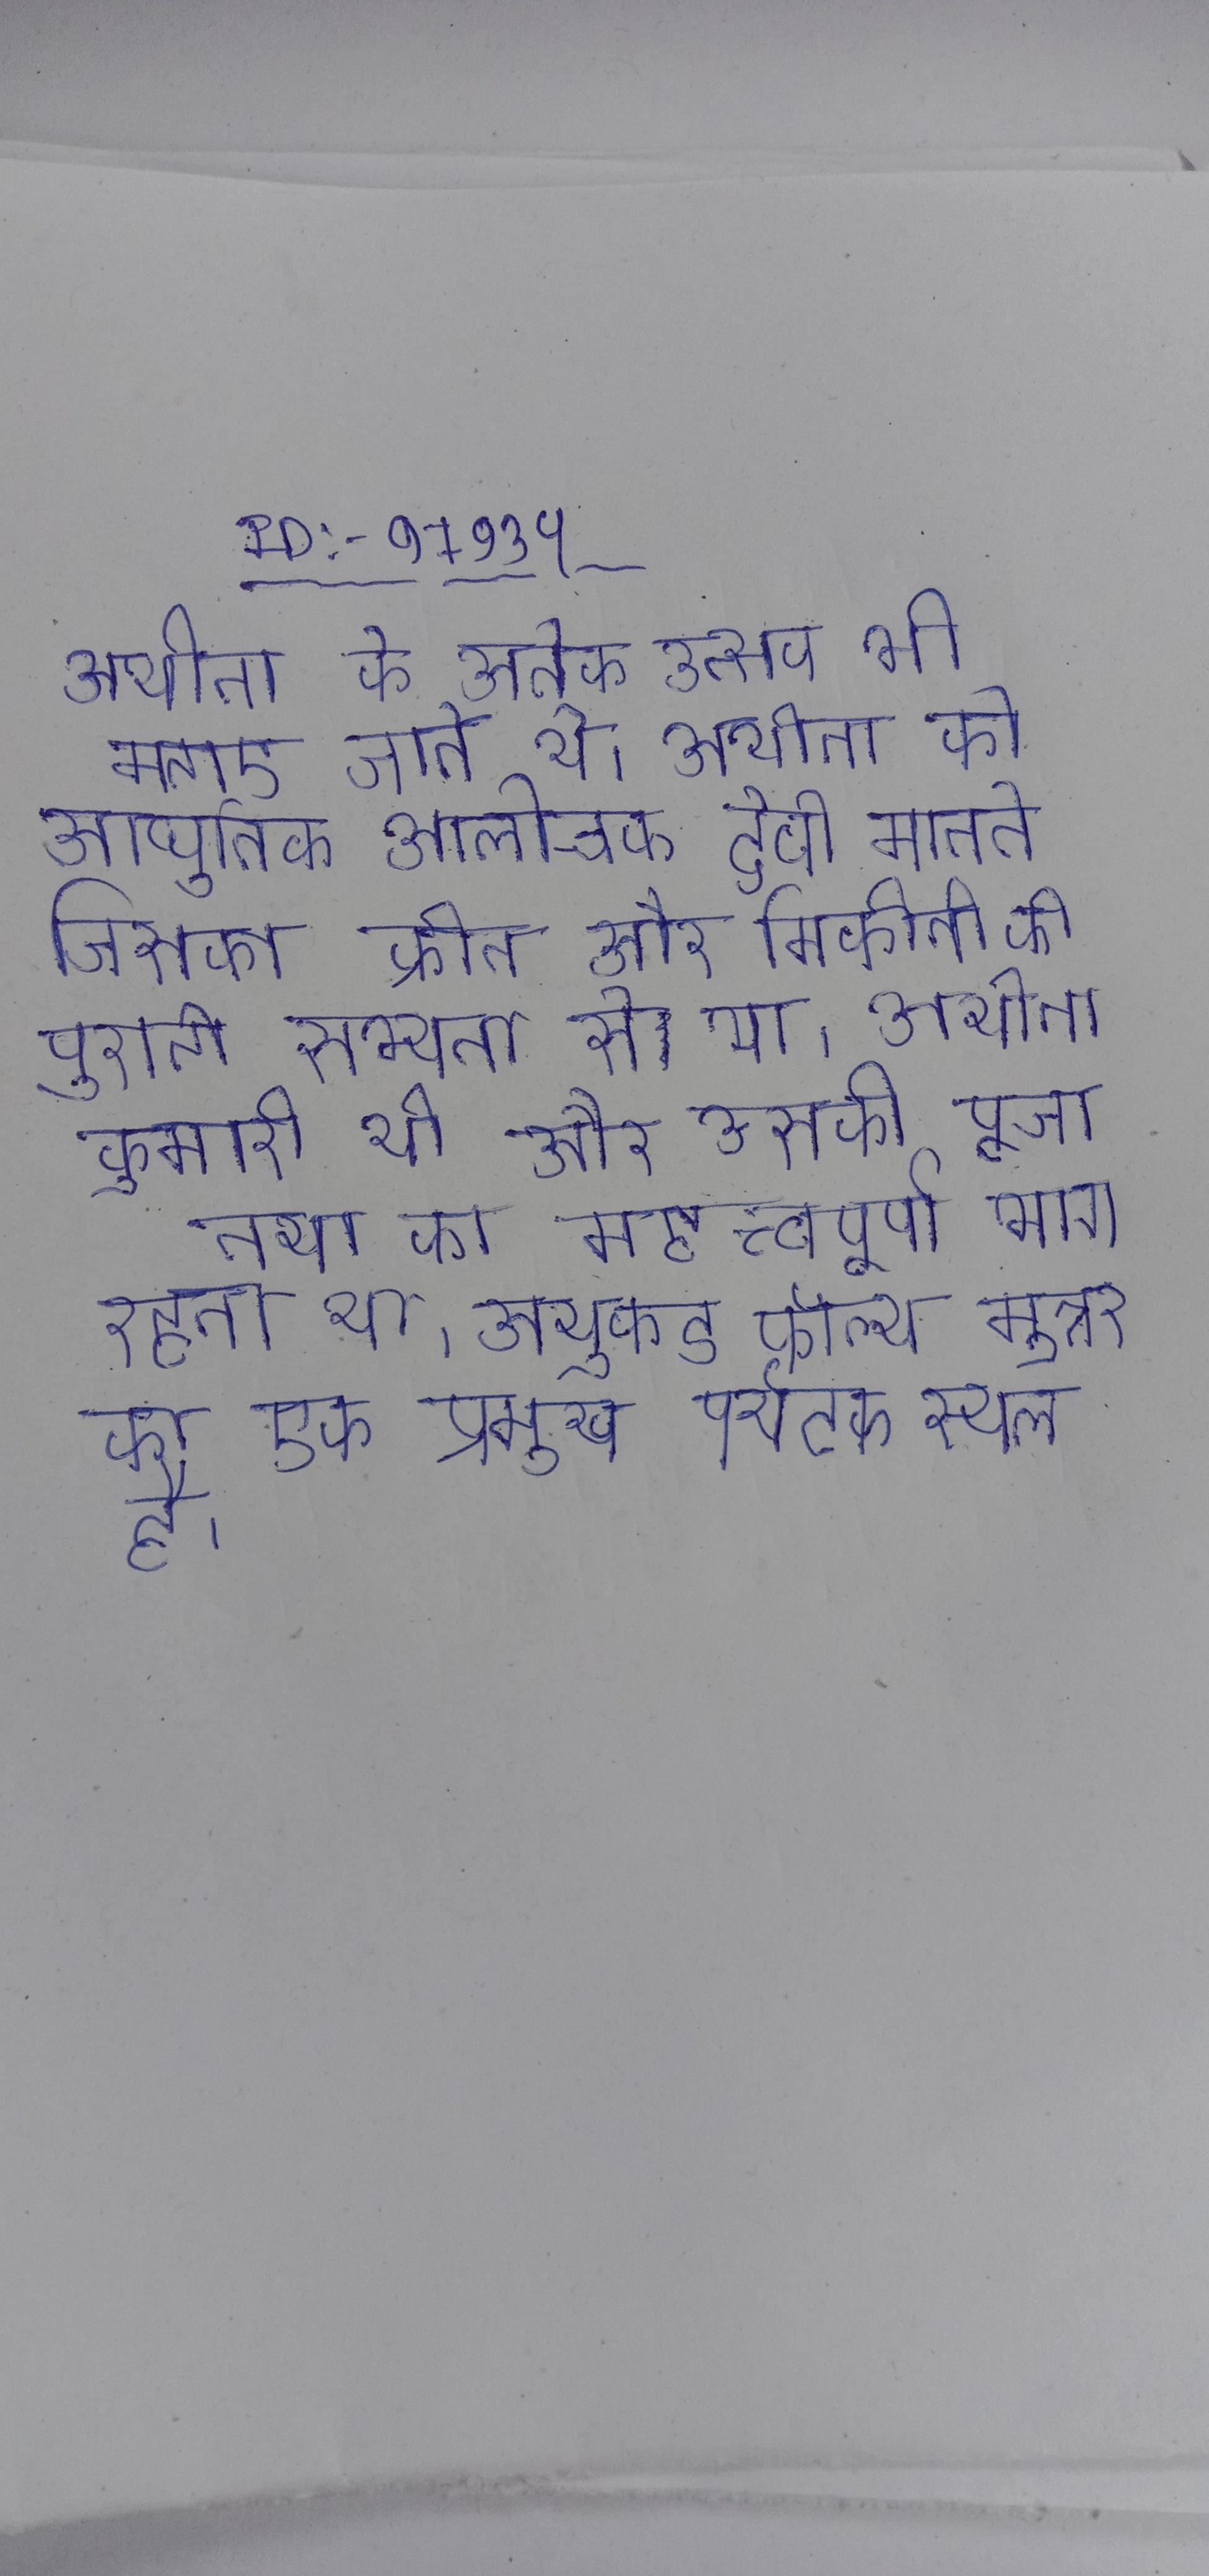
अथीना के अनेक उत्सव भी मनाए जाते थे । अथीना को आधुनिक आलोचक देवी मानते जिसका क्रीत और मिकीनी की पुरानी सभ्यता से था । अथीना कुमारी थी और उसकी पूजा तथा का महत्त्वपूर्ण भाग रहता था । अथुकड फॉल्य मुन्नार का एक प्रमुख पर्यटक स्थल है ।